Report of the Indian Hemp Drugs Commission, 1894-1895 - Volume II
Year: 1894
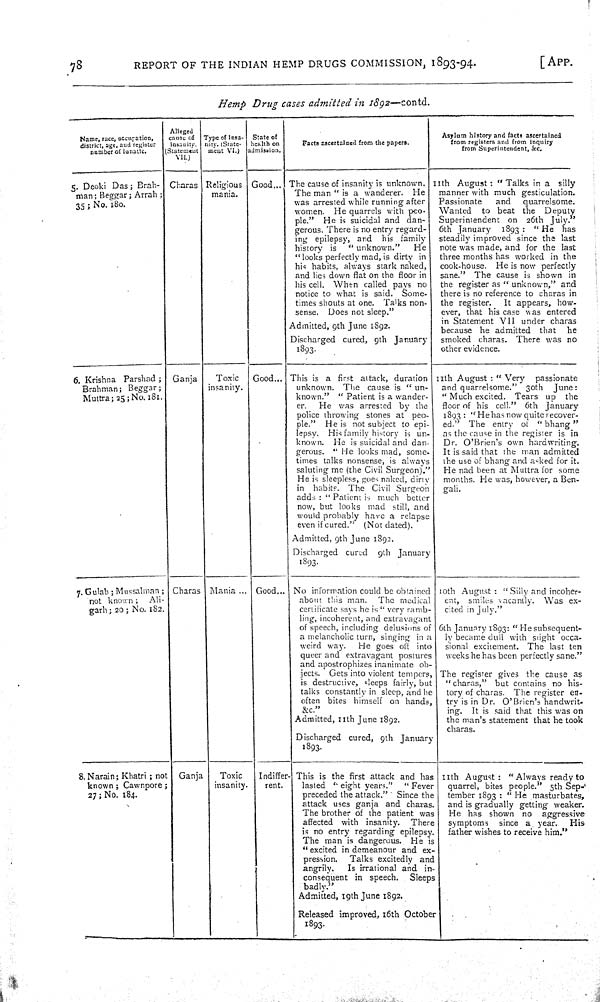
78
REPORT OF THE INDIAN HEMP DRUGS COMMISSION, 1893-94.
[APP.
Hemp
Drug
cases
admitted
in
1892—contd.
Name, race, occupation,
district, age, and register
number of lunatic.
Alleged
cause of
insanity.
Statement
VII.)
Type of insa-
nity. (State-
ment VI.)
State of
health on
admission.
Facts ascertained from the papers.
Asylum history and facts ascertained
from registers and from inquiry
from Superintendent, &c.
5. Deoki Das; Brah-
man; Beggar; Arrah ;
35; No. 180.
Charas Religious
mania.
Good
The cause of insanity is unknown.
The man "is a wanderer.
He
was arrested while running after
women.
He quarrels with peo-
ple."
He is suicidal and dan-
gerous. There is no entry regard-
ing epilepsy, and
his
family
history is
"unknown."
He
"looks perfectly mad, is dirty in
his habits, always stark naked,
and lies down flat on the floor in
his cell. When called pays no
notice to what is said.
Some-
times shouts at one. Talks non-
sense.
Does not sleep."
Admitted, 9th June 1892.
Discharged cured, 9th
January
1893.
11th August: "Talks in a
silly
manner with much gesticulation.
Passionate
and
quarrelsome.
Wanted
to beat the
Deputy
6th January
1893 : "He
has
steadily improved since the last
note was made, and for the last
three months has worked in the
cook-house.
He is now perfectly
sane."
The cause is shown in
the register as "unknown," and
there is no reference to charas in
the register.
It appears, how-
ever, that his case was entered
in Statement VII under charas
because he admitted
that
he
smoked charas.
There was no
other evidence.
6. Krishna
Parshad;
Brahman; Beggar;
Muttra; 25; No.181.
Ganja
Toxic
insanity.
Good
This is a
first
attack, duration
unknown.
The cause is "un-
known."
"Patient is a wander-
er.
He was arrested by the
police throwing stones at
peo-
ple."
He is not subject to epi-
lepsy.
His family history is un-
known.
He is suicidal and dan-
gerous. "He looks mad, some-
times talks nonsense, is always
saluting me (the Civil Surgeon)."
He is sleepless, goes naked, dirty
in
habits. The Civil Surgeon
adds : " Patient is much
better
now, but looks mad still, and
would probably have a relapse
even if cured."
(Not dated).
Admitted, 9th June 1892.
Discharged cured
9th
January
1893.
11th August: "Very
passionate
and quarrelsome."
30th
June:
"Much excited. Tears up
the
floor of his cell."
6th
January
1893 : "He has now quite recover-
ed."
The entry of
"bhang"
as the cause in the register is in
Dr. O'Brien's own hardwriting.
It is said that the man admitted
the use of bhang and asked for it.
He had been at Muttra for some
months. He was, however, a Ben-
gali.
7. Gulab; Mussalman ;
not known;
Ali-
garh; 20 ; No. 182.
Charas
Mania
Good
No information could be obtained
about this man.
The medical
certificate says he is "very ramb-
ling, incoherent, and extravagant
of speech, including delusions of
a melancholic turn, singing in a
weird way.
He goes off into
queer and extravagant postures
and apostrophizes inanimate ob-
jects. Gets into violent tempers,
is destructive, sleeps fairly, but
talks constantly in sleep, and he
often bites himself on hands,
&c."
Admitted, 11th June 1892.
Discharged cured, 9th
January
1893.
10th August: "Silly and incoher-
ent,
smiles vacantly.
Was ex-
cited in July."
6th January 1893: "He subsequent-
ly became dull with slight occa-
sional excitement. The last ten
weeks he has been perfectly sane."
The register gives the cause as
"charas,"
but contains no his-
tory of charas.
The register en-
try is in Dr. O'Brien's handwrit-
ing.
It is said that this was on
the man's statement that he took
charas.
8. Narain; Khatri; not
known; Cawnpore;
27; No. 184.
Ganja
Toxic
insanity.
Indiffer-
rent.
This is the first attack and has
lasted "eight years."
"Fever
preceded the attack."
Since the
attack uses ganja and charas.
The brother of the patient was
affected with insanity.
There
is no entry regarding epilepsy.
The man is dangerous.
He is
"excited in demeanour and ex-
pression.
Talks excitedly
and
angrily.
Is irrational and in-
consequent in speech.
Sleeps
badly."
Admitted, 19th June 1892.
Released improved, 16th October
1893.
11th
August:
"Always ready to
quarrel, bites people." 5th Sep-
tember 1893 : "He
masturbates,
and is gradually getting weaker.
He has shown no
aggressive
symptoms
since a. year.
His
father wishes to receive him."